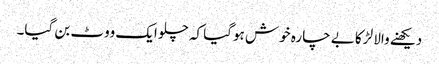
دیکھنے والا لڑکا بے چارہ خوش ہوگیا کہ چلو ایک ووٹ بن گیا۔